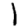
Digit: 1